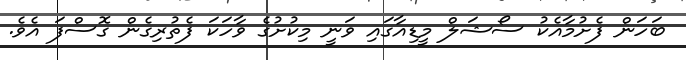
ބަހަން ފެށުމާއެކު ސޯޝަލް މީޑިއާގައި ވަނީ މިކުށުގެ ވާހަކަ ފެތުރިގެން ގޮސްފަ އެވެ.